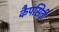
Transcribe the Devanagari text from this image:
कैपसिटी